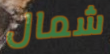
شمال